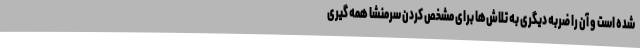
شده است و آن را ضربه دیگری به تلاش‌ها برای مشخص کردن سرمنشا همه گیری